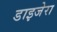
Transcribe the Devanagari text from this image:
डाइजेरा